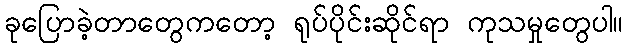
ခုပြောခဲ့တာတွေကတော့ ရုပ်ပိုင်းဆိုင်ရာ ကုသမှုတွေပါ။